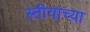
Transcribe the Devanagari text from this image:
स्र्तीयांच्या